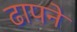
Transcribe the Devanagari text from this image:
ढापने